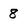
Character: 8